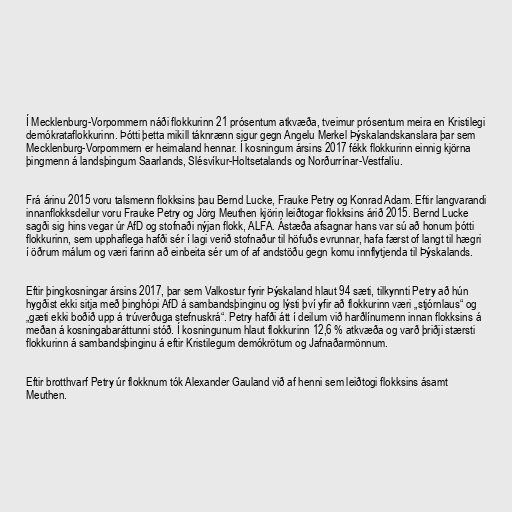
Í Mecklenburg-Vorpommern náði flokkurinn 21 prósentum atkvæða, tveimur prósentum meira en Kristilegi
demókrataflokkurinn. Þótti þetta mikill táknrænn sigur gegn Angelu Merkel Þýskalandskanslara þar sem
Mecklenburg-Vorpommern er heimaland hennar. Í kosningum ársins 2017 fékk flokkurinn einnig kjörna
þingmenn á landsþingum Saarlands, Slésvíkur-Holtsetalands og Norðurrínar-Vestfalíu.

Frá árinu 2015 voru talsmenn flokksins þau Bernd Lucke, Frauke Petry og Konrad Adam. Eftir langvarandi
innanflokksdeilur voru Frauke Petry og Jörg Meuthen kjörin leiðtogar flokksins árið 2015. Bernd Lucke
sagði sig hins vegar úr AfD og stofnaði nýjan flokk, ALFA. Ástæða afsagnar hans var sú að honum þótti
flokkurinn, sem upphaflega hafði sér í lagi verið stofnaður til höfuðs evrunnar, hafa færst of langt til hægri
í öðrum málum og væri farinn að einbeita sér um of af andstöðu gegn komu innflytjenda til Þýskalands.

Eftir þingkosningar ársins 2017, þar sem Valkostur fyrir Þýskaland hlaut 94 sæti, tilkynnti Petry að hún
hygðist ekki sitja með þinghópi AfD á sambandsþinginu og lýsti því yfir að flokkurinn væri „stjórnlaus“ og
„gæti ekki boðið upp á trúverðuga stefnuskrá“. Petry hafði átt í deilum við harðlínumenn innan flokksins á
meðan á kosningabaráttunni stóð. Í kosningunum hlaut flokkurinn 12,6 % atkvæða og varð þriðji stærsti
flokkurinn á sambandsþinginu á eftir Kristilegum demókrötum og Jafnaðarmönnum.

Eftir brotthvarf Petry úr flokknum tók Alexander Gauland við af henni sem leiðtogi flokksins ásamt
Meuthen.